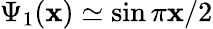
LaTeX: \Psi_{1}(\mathbf{x})\simeq\sin\pi\mathbf{x}/2